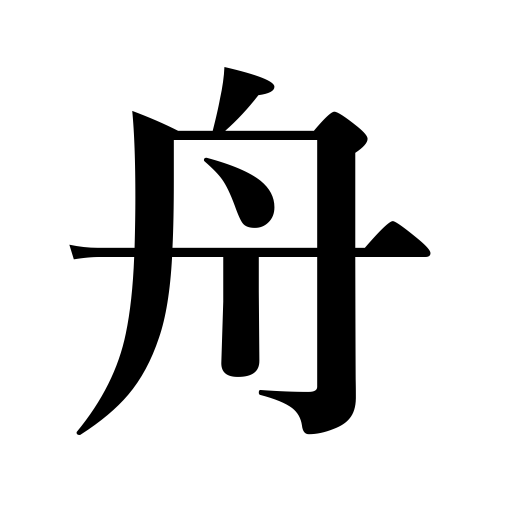
Meanings: barge,vessel,steamer,shipping,cistern,liner,trough,tank,vat,ship,boat